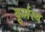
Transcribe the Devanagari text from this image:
कूर्मस्य